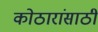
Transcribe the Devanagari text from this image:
कोठारांसाठी